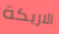
الاريكة